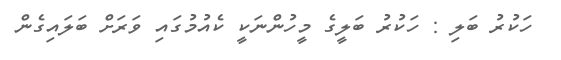
ހަކުރު ބަލި : ހަކުރު ބަލީގެ މީހުންނަކީ ކެއުމުގައި ވަރަށް ބަލައިގެން